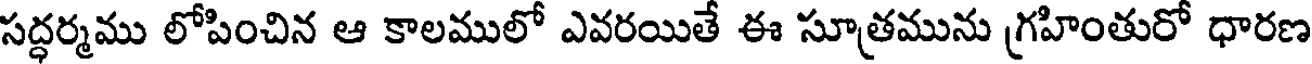
సద్ధర్మము లోపించిన ఆ కాలములో ఎవరయితే ఈ సూత్రమును గ్రహింతురో ధారణ